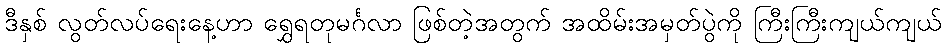
ဒီနှစ် လွတ်လပ်ရေးနေ့ဟာ ရွှေရတုမင်္ဂလာ ဖြစ်တဲ့အတွက် အထိမ်းအမှတ်ပွဲကို ကြီးကြီးကျယ်ကျယ်